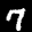
Label: 7